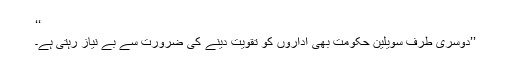
‘‘
’’دوسری طرف سویلین حکومت بھی اداروں کو تقویت دینے کی ضرورت سے بے نیاز رہتی ہے۔